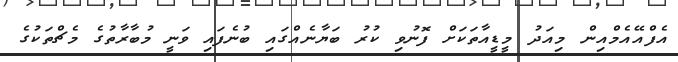
އެފްއޭއެމްއިން މިއަދު މީޑީއާތަކަށް ފޮނުވި ކުރު ބަޔާނެއްގައި ބުނެފައި ވަނީ މުބާރާތުގެ މެޗްތަކުގެ